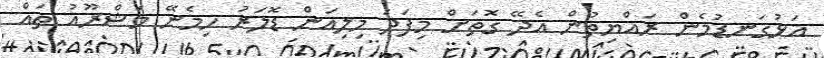
އަޅުގަނޑުމެން ރައްޔިތުން އެދޭ ގޮތަށް މިފަދަ މިލިއަން ޑޮލަރު ހިމެނޭ މަޝްރޫއު ތައް